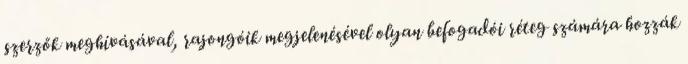
szerzők meghívásával, rajongóik megjelenésével olyan befogadói réteg számára hozzák